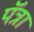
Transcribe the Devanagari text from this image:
पॅत्रा